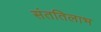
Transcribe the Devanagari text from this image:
संततिलाभ